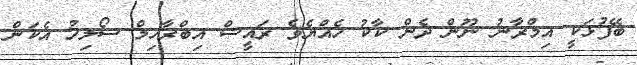
ބޭފުޅަކީ އިމްރާނު ނޫން ދެން ކާކު ހެއްޔެވެ ރައީސް އިބްރާހިމް ސޯލިހު އެކަން